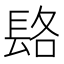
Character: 𨱴